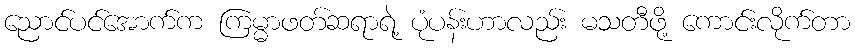
ညောင်ပင်အောက်က ကြမ္မာဖတ်ဆရာရဲ့ ပုံပန်းဟာလည်း မသတီဖို့ ကောင်းလိုက်တာ